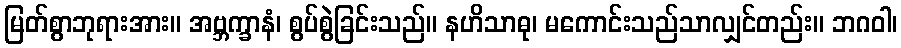
မြတ်စွာဘုရားအား။ အဗ္ဘက္ခာနံ၊ စွပ်စွဲခြင်းသည်။ နဟိသာဓု၊ မကောင်းသည်သာလျှင်တည်း။ ဘဂဝါ၊